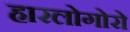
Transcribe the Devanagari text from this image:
हारलोगोरो